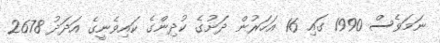
ނަމަވެސް 1990 ގައި 16 އަހަރުން ދަށުގެ ކުދިންގެ ކައިވެނީގެ އަދަދު 2678